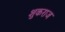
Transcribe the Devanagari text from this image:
शुकराज